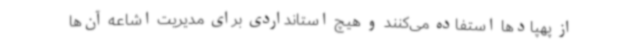
از پهپادها استفاده می‌کنند و هیچ استانداردی برای مدیریت اشاعه آن‌ها